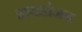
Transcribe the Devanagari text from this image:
हायडोजन